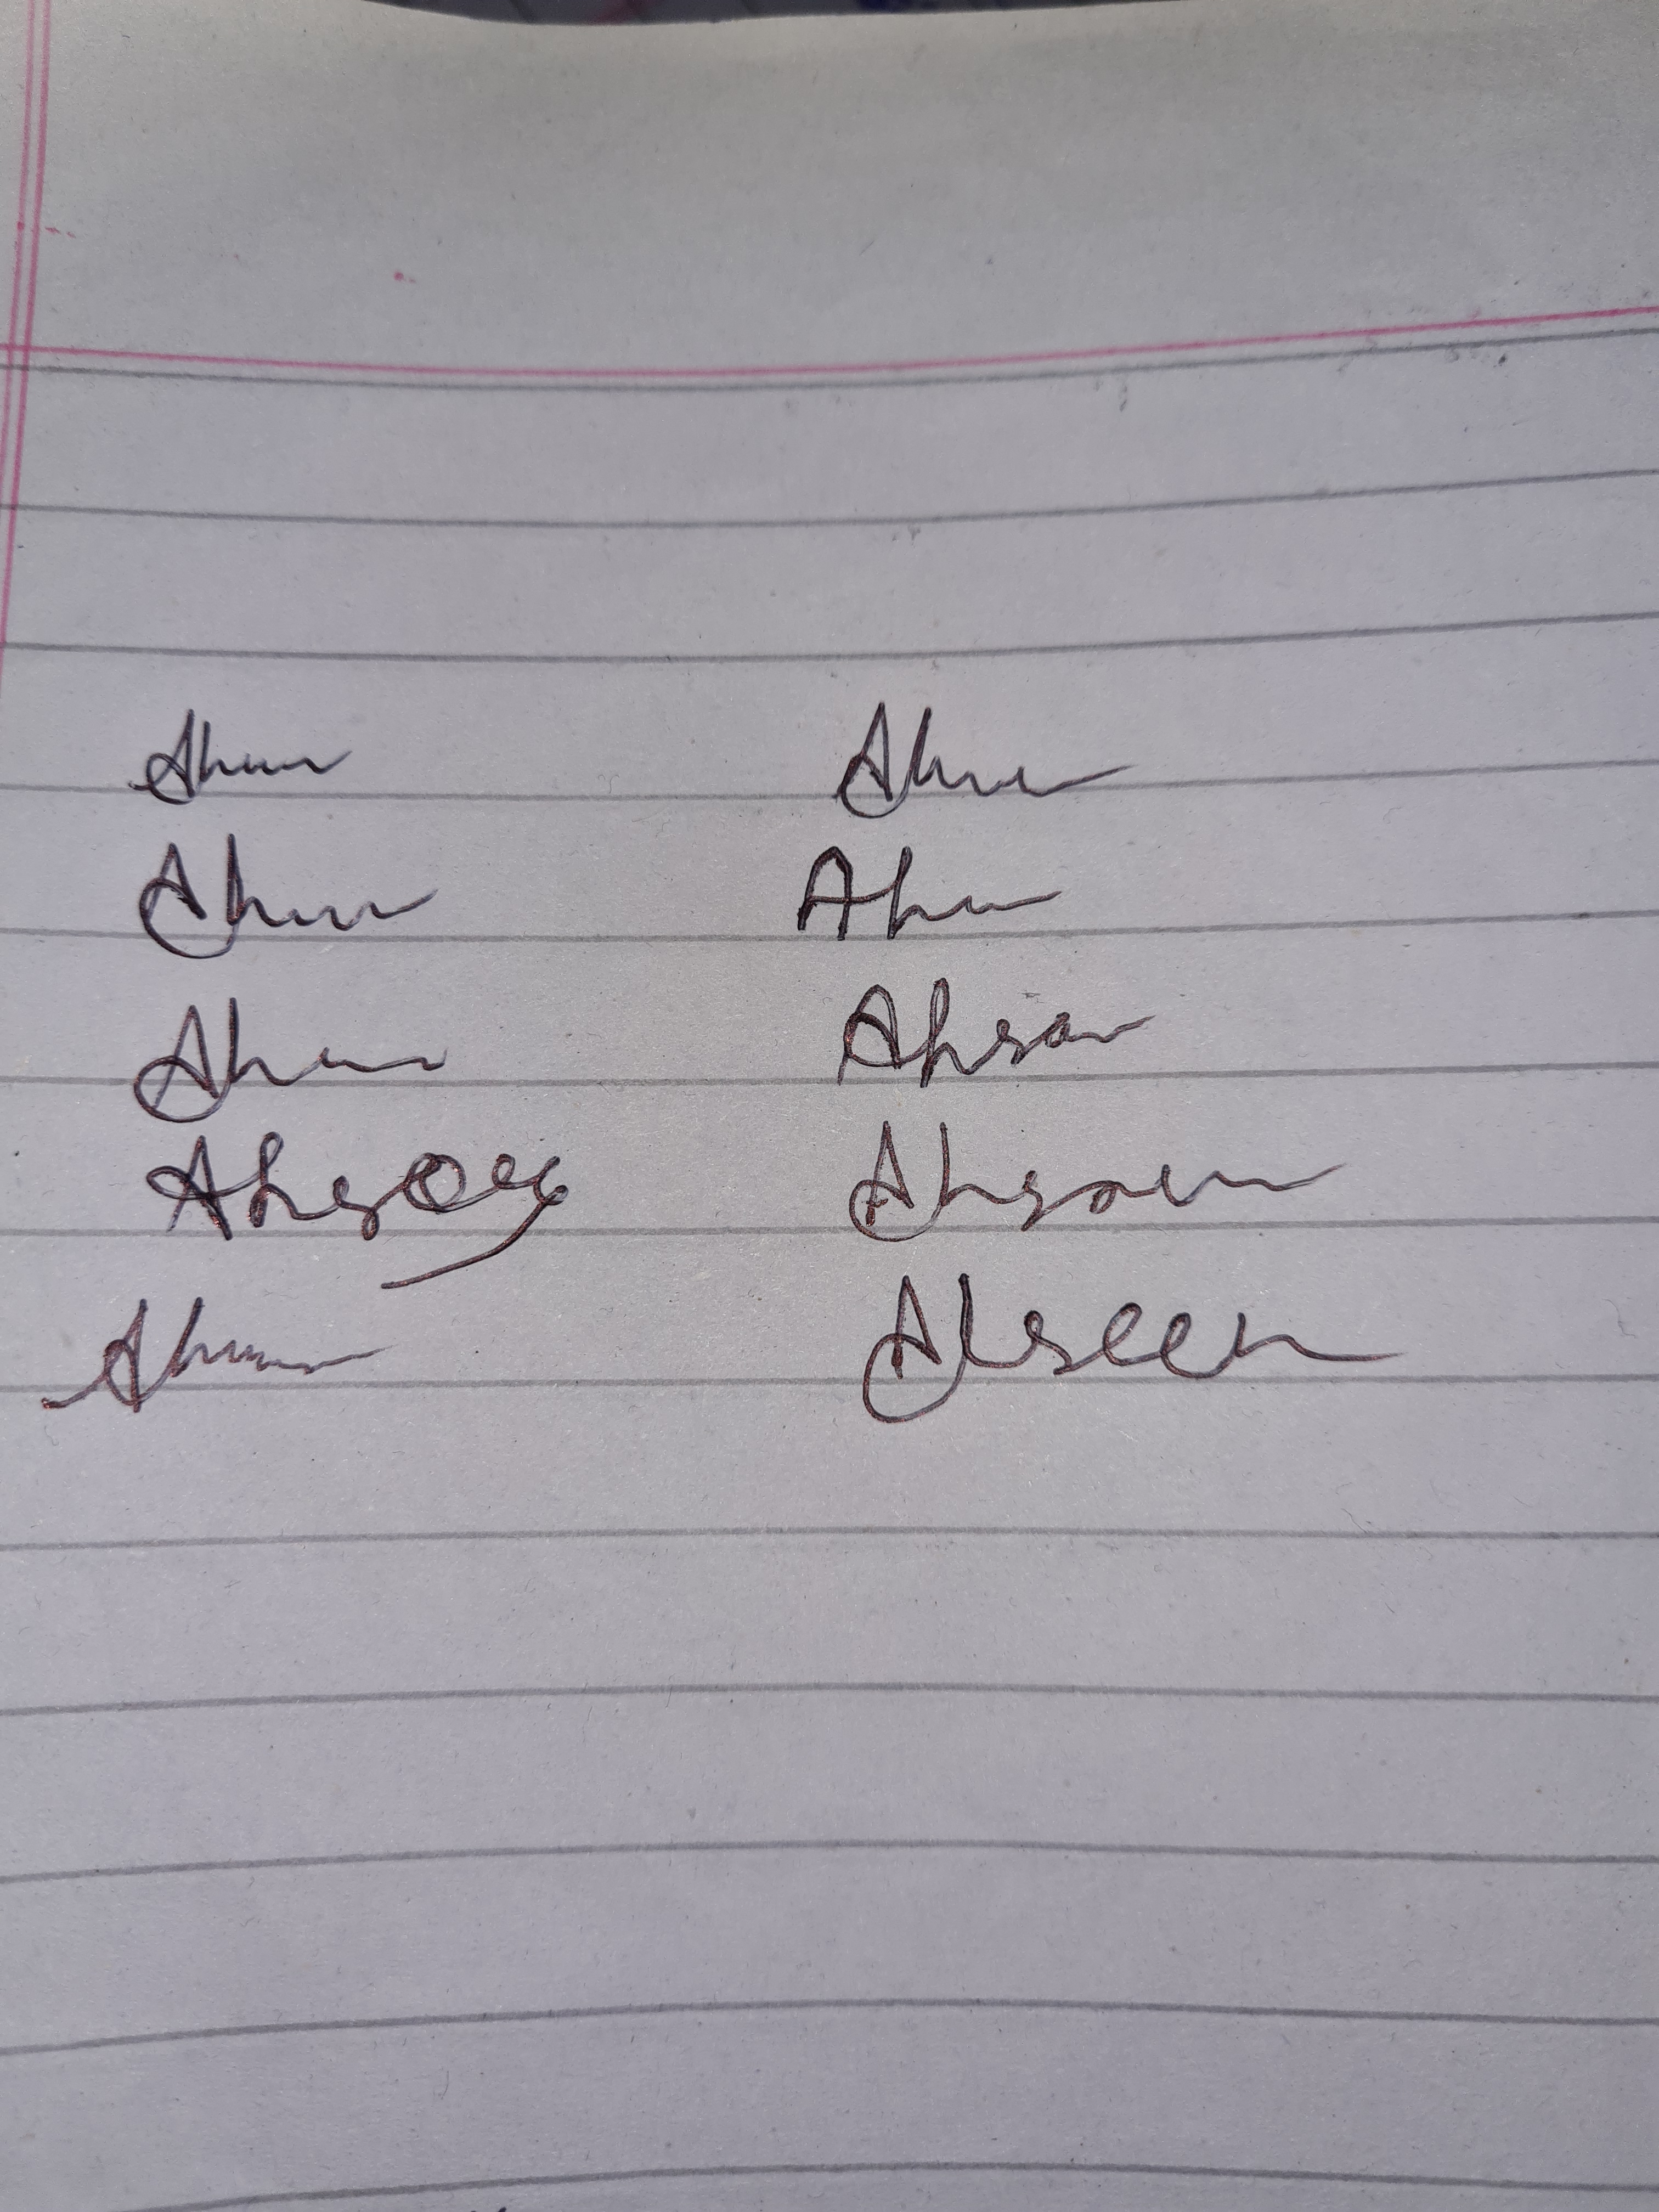
Signature authenticity: genuine